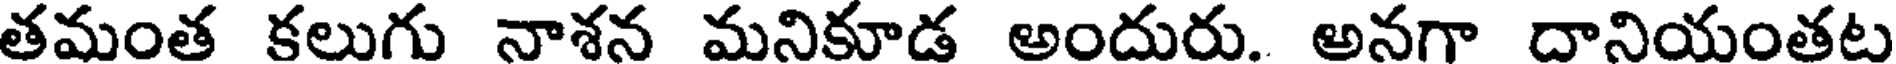
తమంత కలుగు నాశన మనికూడ అందురు. అనగా దానియంతట